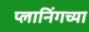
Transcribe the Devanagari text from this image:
प्लानिंगच्या